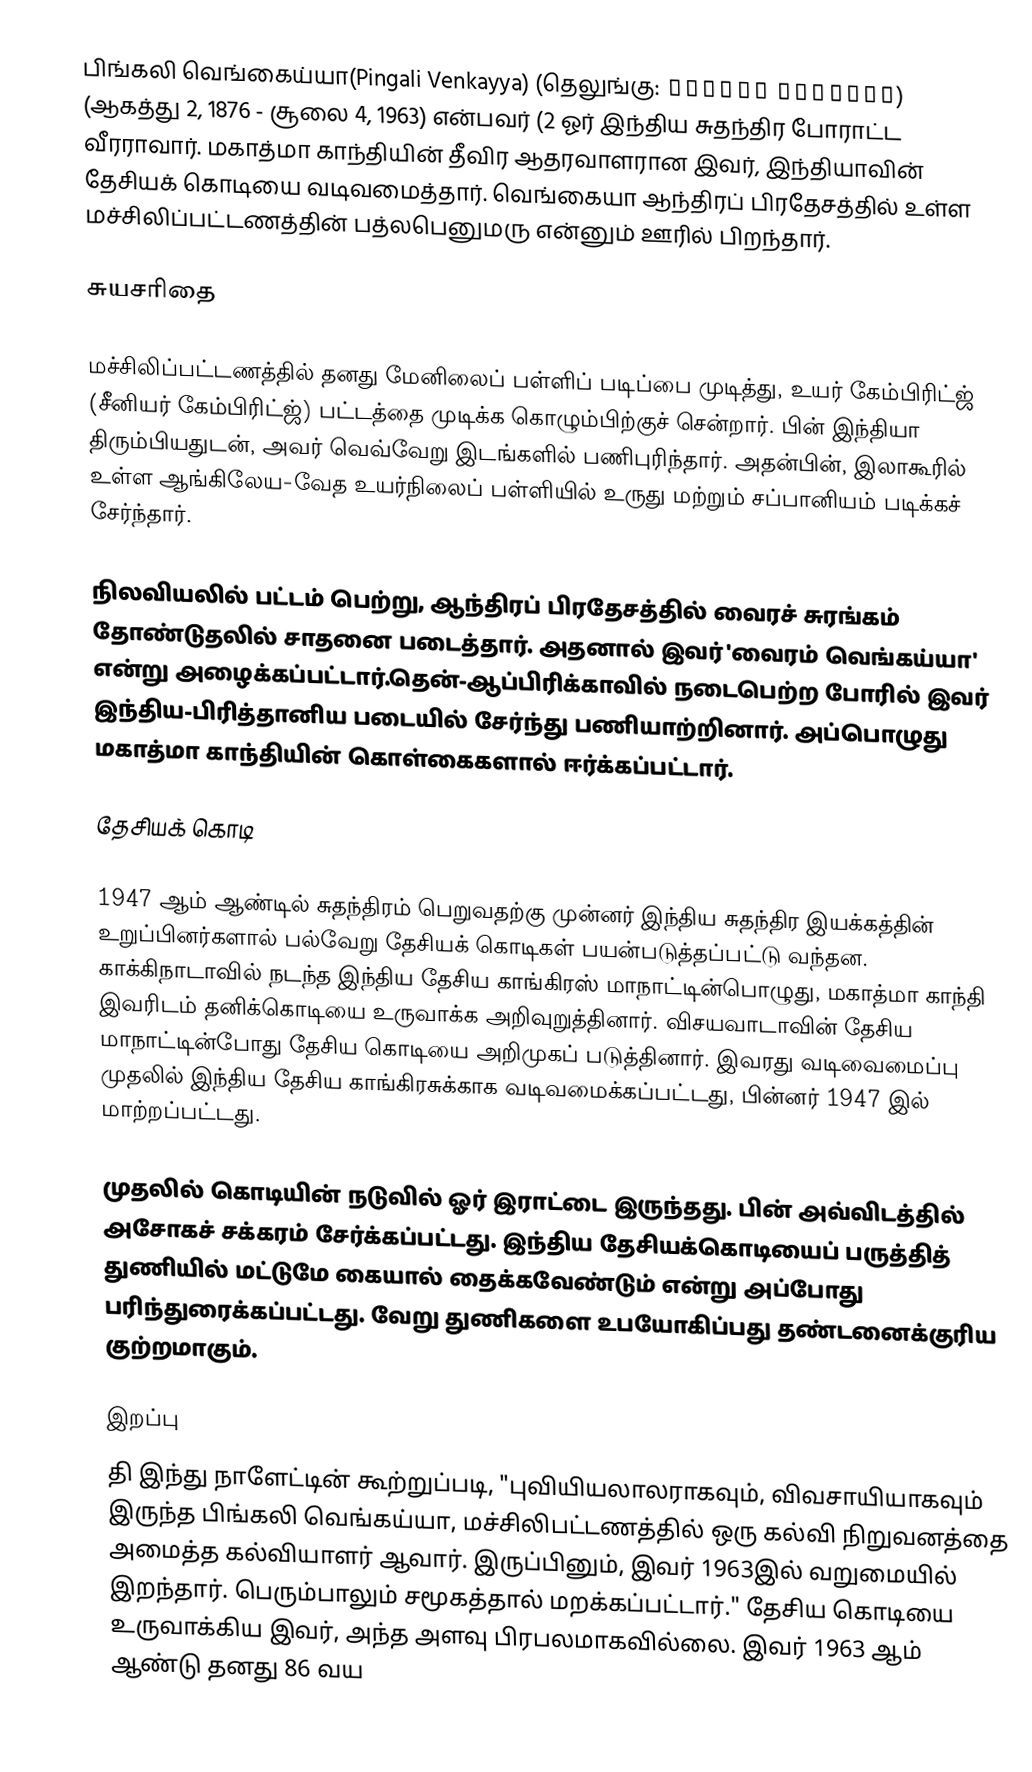
பிங்கலி வெங்கைய்யா(Pingali Venkayya) (தெலுங்கு: పింగళి వెంకయ్య) (ஆகத்து 2, 1876 - சூலை 4, 1963) என்பவர் (2 ஓர் இந்திய சுதந்திர போராட்ட வீரராவார். மகாத்மா காந்தியின் தீவிர ஆதரவாளரான இவர், இந்தியாவின் தேசியக் கொடியை வடிவமைத்தார். வெங்கையா ஆந்திரப் பிரதேசத்தில் உள்ள மச்சிலிப்பட்டணத்தின் பத்லபெனுமரு என்னும் ஊரில் பிறந்தார்.

சுயசரிதை

மச்சிலிப்பட்டணத்தில் தனது மேனிலைப் பள்ளிப் படிப்பை முடித்து, உயர் கேம்பிரிட்ஜ் (சீனியர் கேம்பிரிட்ஜ்) பட்டத்தை முடிக்க கொழும்பிற்குச் சென்றார். பின் இந்தியா திரும்பியதுடன், அவர் வெவ்வேறு இடங்களில் பணிபுரிந்தார். அதன்பின், இலாகூரில் உள்ள ஆங்கிலேய-வேத உயர்நிலைப் பள்ளியில் உருது மற்றும் சப்பானியம் படிக்கச் சேர்ந்தார்.

நிலவியலில் பட்டம் பெற்று, ஆந்திரப் பிரதேசத்தில் வைரச் சுரங்கம் தோண்டுதலில் சாதனை படைத்தார். அதனால் இவர் 'வைரம் வெங்கய்யா' என்று அழைக்கப்பட்டார்.தென்-ஆப்பிரிக்காவில் நடைபெற்ற போரில் இவர் இந்திய-பிரித்தானிய படையில் சேர்ந்து பணியாற்றினார். அப்பொழுது மகாத்மா காந்தியின் கொள்கைகளால் ஈர்க்கப்பட்டார்.

தேசியக் கொடி

1947 ஆம் ஆண்டில் சுதந்திரம் பெறுவதற்கு முன்னர் இந்திய சுதந்திர இயக்கத்தின் உறுப்பினர்களால் பல்வேறு தேசியக் கொடிகள் பயன்படுத்தப்பட்டு வந்தன. காக்கிநாடாவில் நடந்த இந்திய தேசிய காங்கிரஸ் மாநாட்டின்பொழுது, மகாத்மா காந்தி இவரிடம் தனிக்கொடியை உருவாக்க அறிவுறுத்தினார். விசயவாடாவின் தேசிய மாநாட்டின்போது தேசிய கொடியை அறிமுகப் படுத்தினார். இவரது வடிவைமைப்பு முதலில் இந்திய தேசிய காங்கிரசுக்காக வடிவமைக்கப்பட்டது, பின்னர் 1947 இல் மாற்றப்பட்டது.

முதலில் கொடியின் நடுவில் ஓர் இராட்டை இருந்தது. பின் அவ்விடத்தில் அசோகச் சக்கரம் சேர்க்கப்பட்டது. இந்திய தேசியக்கொடியைப் பருத்தித் துணியில் மட்டுமே கையால் தைக்கவேண்டும் என்று அப்போது பரிந்துரைக்கப்பட்டது. வேறு துணிகளை உபயோகிப்பது தண்டனைக்குரிய குற்றமாகும்.

இறப்பு
தி இந்து நாளேட்டின் கூற்றுப்படி, "புவியியலாலராகவும், விவசாயியாகவும் இருந்த பிங்கலி வெங்கய்யா, மச்சிலிபட்டணத்தில் ஒரு கல்வி நிறுவனத்தை அமைத்த கல்வியாளர் ஆவார். இருப்பினும், இவர் 1963இல் வறுமையில் இறந்தார். பெரும்பாலும் சமூகத்தால் மறக்கப்பட்டார்." தேசிய கொடியை உருவாக்கிய இவர், அந்த அளவு பிரபலமாகவில்லை. இவர் 1963 ஆம் ஆண்டு தனது 86 வய